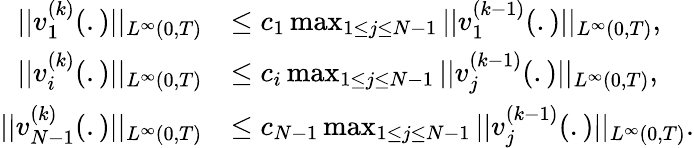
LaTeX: \begin{array}{rl}{||v_{1}^{(k)}(.)||_{L^{\infty}(0,T)}}&{\leq c_{1}\operatorname*{max}_{1\leq j\leq N-1}||v_{1}^{(k-1)}(.)||_{L^{\infty}(0,T)},}\\ {||v_{i}^{(k)}(.)||_{L^{\infty}(0,T)}}&{\leq c_{i}\operatorname*{max}_{1\leq j\leq N-1}||v_{j}^{(k-1)}(.)||_{L^{\infty}(0,T)},}\\ {||v_{N-1}^{(k)}(.)||_{L^{\infty}(0,T)}}&{\leq c_{N-1}\operatorname*{max}_{1\leq j\leq N-1}||v_{j}^{(k-1)}(.)||_{L^{\infty}(0,T)}.}\end{array}